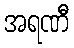
အရဏီ